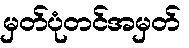
မှတ်ပုံတင်အမှတ်